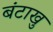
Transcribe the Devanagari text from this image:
बंटाखु